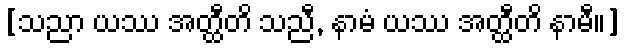
[သညာ ယဿ အတ္ထီတိ သညီ, နာမံ ယဿ အတ္ထီတိ နာမီ။]